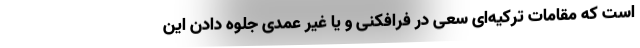
است که مقامات ترکیه­ای سعی در فرافکنی و یا غیر عمدی جلوه دادن این